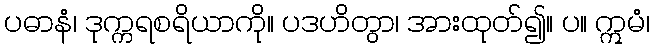
ပဓာနံ၊ ဒုက္ကရစရိယာကို။ ပဒဟိတွာ၊ အားထုတ်၍။ ပ။ ဣမံ၊